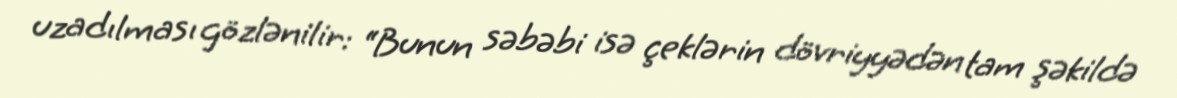
uzadılması gözlənilir: “Bunun səbəbi isə çeklərin dövriyyədən tam şəkildə